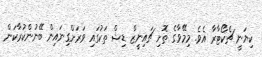
ކިޔަނީ ޗެކޯޓާރާ އެވެ. މިމޭވާގެ ތޮށި ޗައިނީޒް ޑިޝް ތަކުގައި ވަރަށްގިނައިން ބޭނުންކުރާކަން